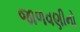
જાળવણીનો